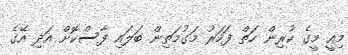
މިއީ މީގެ ކުރިން ހަތް ފަހަރު މަގުމަތިން ބަލައި ފާސްކޮށް އަދި އޭގެ